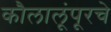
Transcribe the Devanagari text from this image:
कौलालूंपूरचे